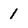
Character: 1